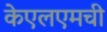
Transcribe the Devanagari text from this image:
केएलएमची